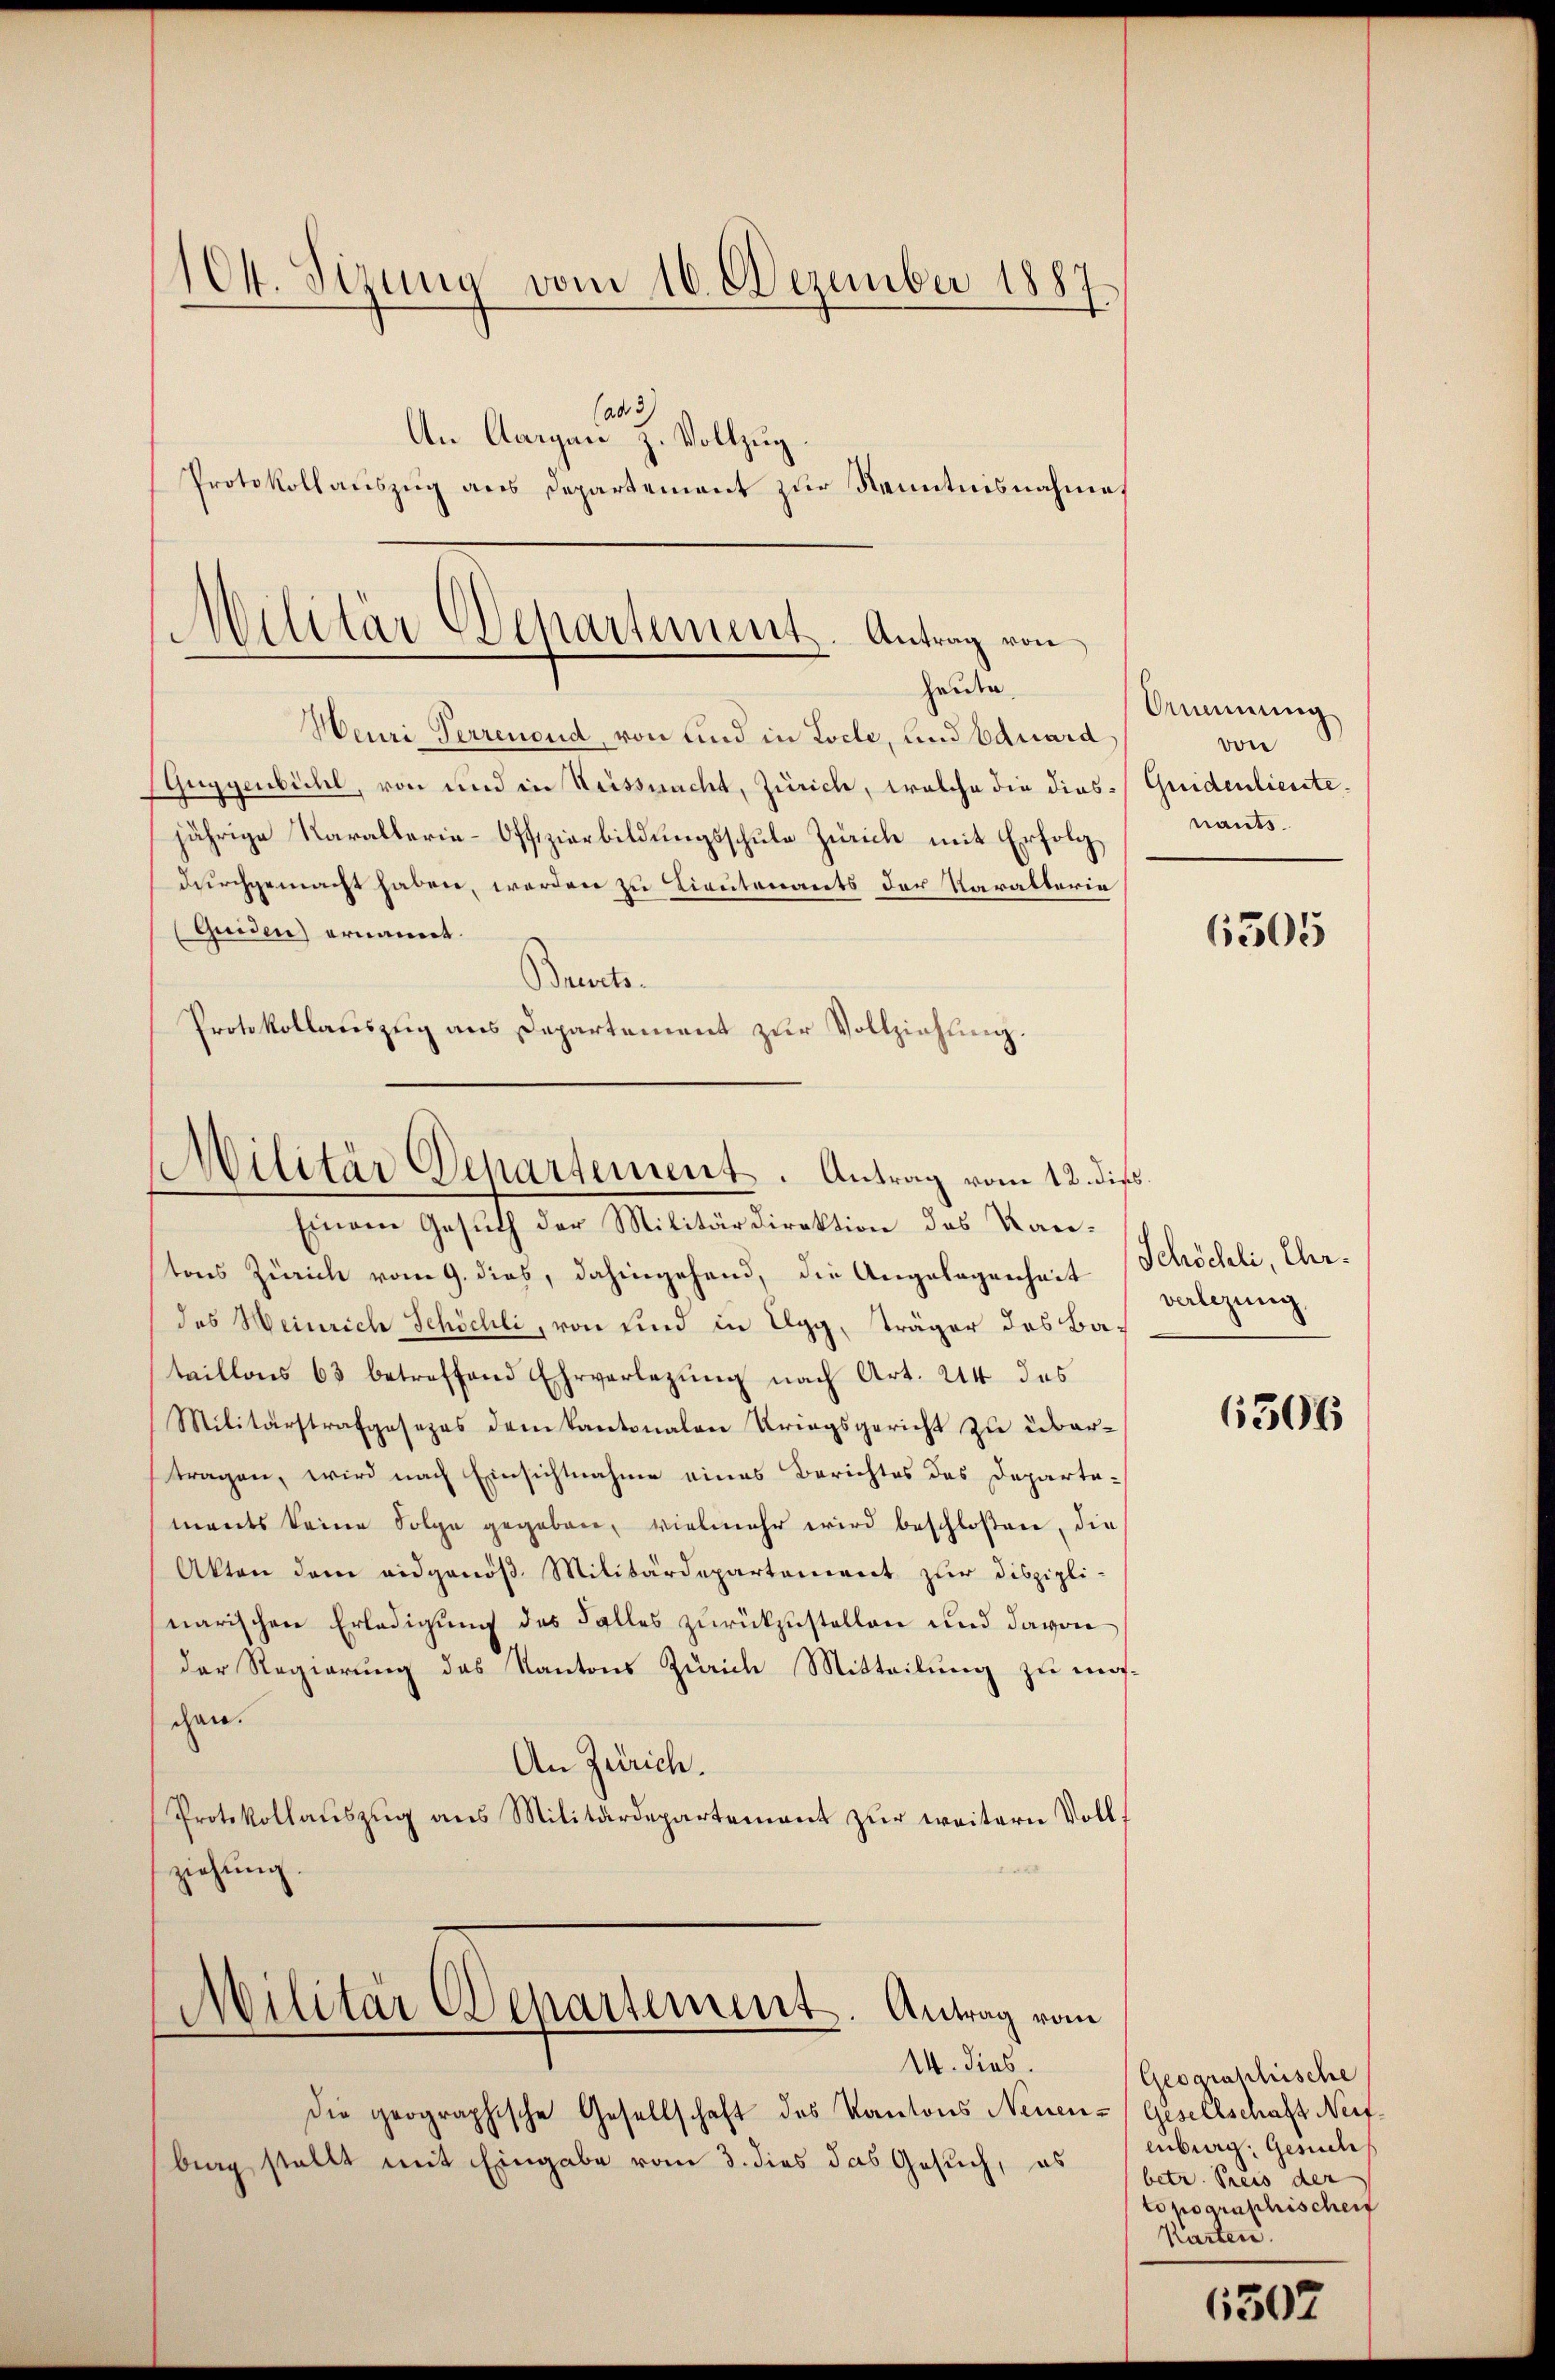
104. Sizung vom 16. Dezember 1887

(ad 3.
An Aargau z. Vollzug.
Protokollauszug aus Departement zur Kenntnisnahme

Militär Departement. Antrag von
Heute

Meuri Terrenoud, von und in Locle, und Eduard
(Guggenbichl, von und in Weissnacht, Zürich, welche die dies-Quidenlieute.
jährige Karallerie-Offizierbildungsschule Zürich mit Erfolg
durchgemacht haben, werden zu Lieutenants der Paralterie
(Guiden) ernannt.
Brust.
Protokollauszug aus Departement zur Vollziehung.

Militär Departement. Antrag vom 12. dies

Einem Gesuch der Militärdirektion des Kantons Zürich vom 9. dies, dahingehend, die Angelegenheit Schöchli, Ehrdes Weinrich Schöchli, von sind in Elgg, träger des Bataillons 63 betreffend Ehrverlegŭng nach Art. 24 des
Militärstrafgesezes dem Kantonalen Kriegsgericht zu übertragen, wird nach Einsichtnahme eines Berichtes des Departaments keine Folge gegeben, vielmehr wird beschloßen, die
Akten dem eidgenöß Militärdepartement zur disziplinarischen Erledigung des Falles zurückzustellen und davon
der Regierung des Kantons Zürich Mitteilung zu machchan.
An Zürich.
Protokollauszug aus Militärdepartement zur weitern Voll¬

ziehung

Militär Departement. Antrag vom

14. dies
die geographische Gesellschaft des Kantons Neuen-
brag stellt mit Eingabe vom 3. dies das Gesuch, es

Ammnung
von
nants.

6505

verlegung,

6306

Geograschische
(Gesellschaft Neifenburg, Gesuch
betr. Preis der
topographischen
Karten.

6507